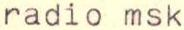
radio msk